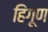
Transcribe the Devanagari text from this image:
हिंगूण